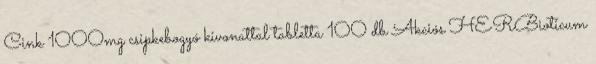
Cink 1000mg csipkebogyó kivonattal tabletta 100 db Akciós HERBioticum